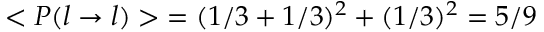
< P ( l \rightarrow l ) > \; = ( 1 / 3 + 1 / 3 ) ^ { 2 } + ( 1 / 3 ) ^ { 2 } = 5 / 9